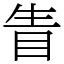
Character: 眚